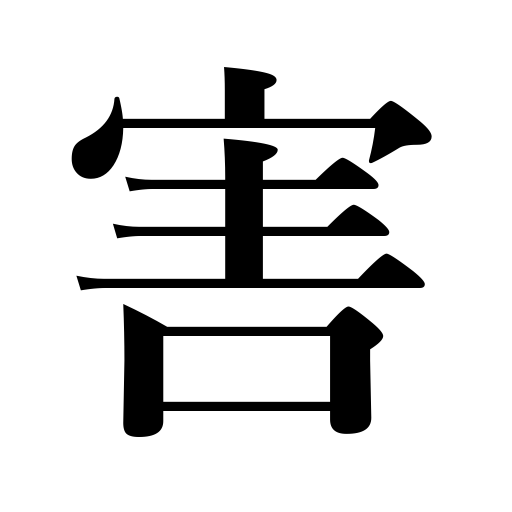
Meanings: harm,interference,injury,mischief,damage